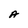
Character: A